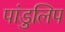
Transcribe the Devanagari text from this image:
पांडुलिप